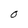
Character: O